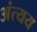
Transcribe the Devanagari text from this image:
अंत्यय